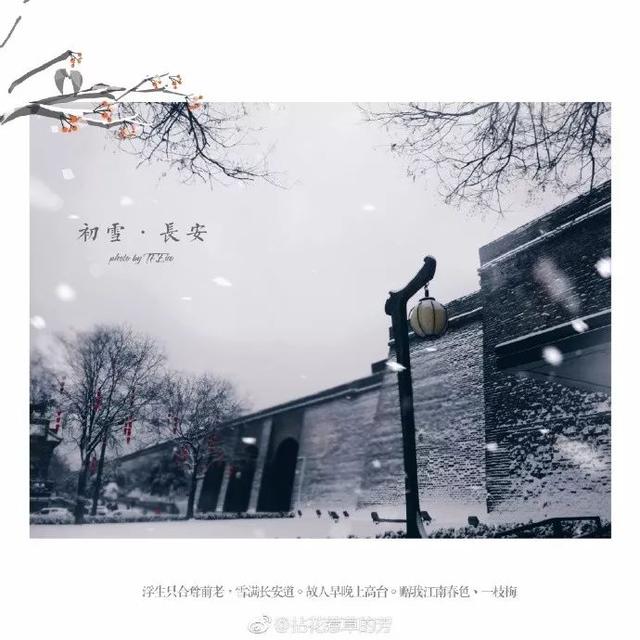
故人早晚上高台。赠我江南春色一枝梅。